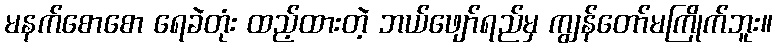
မနက်စောစော ရေခဲတုံး ထည့်ထားတဲ့ ဘယ်ဖျော်ရည်မှ ကျွန်တော်မကြိုက်ဘူး။